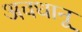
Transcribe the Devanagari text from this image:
अवधानू